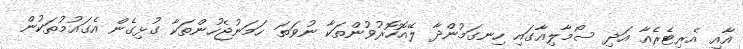
އާއި އެރިޓެރެއާ އަދި ސޯމާލިއާގައި ހިނގަމުންދާ ލޭއޮހޮރުވުންތަކާ ނުވަތަ ހަމަނުޖެހުންތަކާ ގުޅިގެން އެގައުމުތަކުން